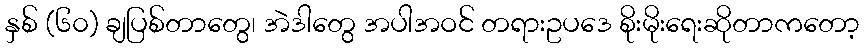
နှစ် (၆၀) ချပြစ်တာတွေ၊ အဲဒါတွေ အပါအဝင် တရားဥပဒေ စိုးမိုးရေးဆိုတာကတော့